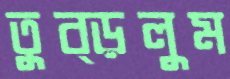
তুব্‌ড়লুম